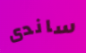
ساندى